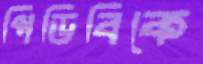
পিডিবিকে